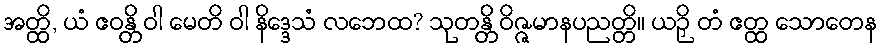
အတ္ထိ, ယံ ဧဝန္တိ ဝါ မေတိ ဝါ နိဒ္ဒေသံ လဘေထ? သုတန္တိ ဝိဇ္ဇမာနပညတ္တိ။ ယဉှိ တံ ဧတ္ထ သောတေန